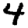
Digit: 4